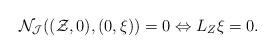
LaTeX: \begin{align*}\mathcal{N}_{\mathcal{J}}((\mathcal{Z},0),(0,\mathcal{\xi}))=0 \Leftrightarrow L_Z\mathcal{\xi}=0.\end{align*}